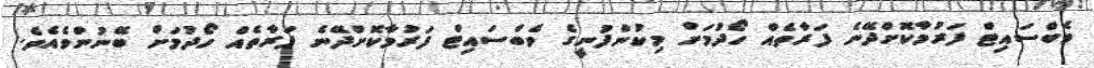
ވެބްސައިޓް ފަރުމާކޮށްދޭނެ ފަރާތެއް ހޯދުމަށް މިކުންފުނީގެ ވެބްސައިޓް ފަރުމާކޮށްދޭނެ ފަރާތެއް ހޯދުމަށް ބޭނުންވެއެވެ.